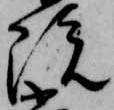
院